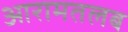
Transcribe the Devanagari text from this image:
आरामतलब